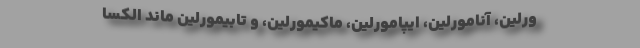
ورلین، آنامورلین، ایپامورلین، ماکیمورلین، و تابیمورلین ماند الکسا